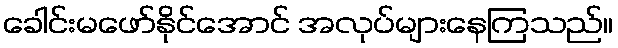
ခေါင်းမဖော်နိုင်အောင် အလုပ်များနေကြသည်။